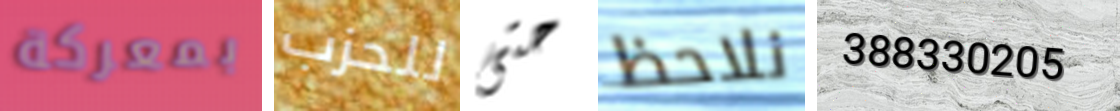
بمعركة للحزب حتى نلاحظ 388330205